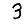
Digit: 3